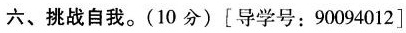
六、挑战自我。(10分) [导学号：90094012]